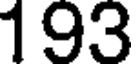
193